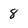
Character: 8